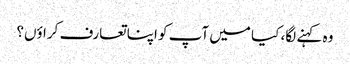
وہ کہنے لگا، کیا میں آپ کو اپنا تعارف کراؤں؟